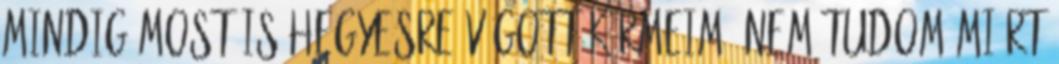
mindig most is hegyesre vágott körmeim. Nem tudom miért